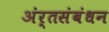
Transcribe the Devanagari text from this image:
अंर्तसंबंधन